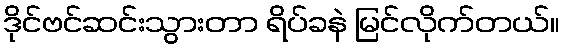
ဒိုင်ဗင်ဆင်းသွားတာ ရိပ်ခနဲ မြင်လိုက်တယ်။